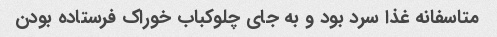
متاسفانه غذا سرد بود و به جای چلوکباب خوراک فرستاده بودن